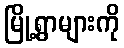
မြို့ရွာများကို